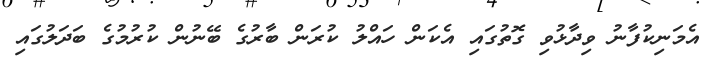
އެމަނިކުފާނު ވިދާޅުވި ގޮތުގައި އެކަން ހައްލު ކުރަން ބާރުގެ ބޭނުން ކުރުމުގެ ބަދަލުގައި